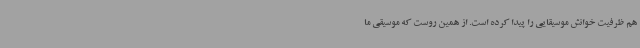
هم ظرفیت خوانش موسیقایی را پیدا کرده است. از همین روست که موسیقی ما